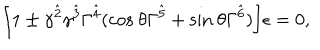
\biggl [ 1 \pm \gamma ^ { \hat { 2 } } \gamma ^ { \hat { 3 } } \Gamma ^ { \hat { 4 } } ( \mathrm { c o s } \ \theta \Gamma ^ { \hat { 5 } } + \mathrm { s i n } \ \theta \Gamma ^ { \hat { 6 } } ) \biggr ] \epsilon = 0 ,